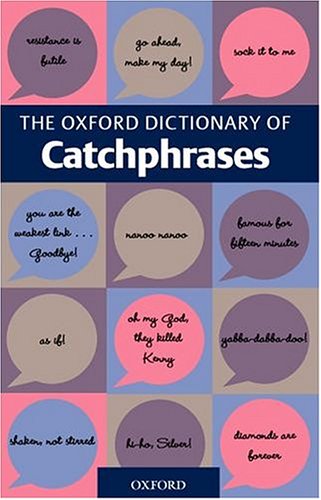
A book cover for The Oxford Dictionary of Catchphrases; Reference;